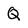
Character: Q